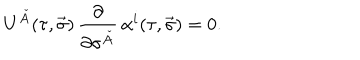
U ^ { \check { A } } ( \tau , \vec { \sigma } ) \, \frac { \partial } { \partial \sigma ^ { \check { A } } } \, \alpha ^ { i } ( \tau , \vec { \sigma } ) = 0 .